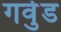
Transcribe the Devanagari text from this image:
गर्वुड